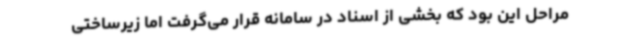
مراحل این بود که بخشی از اسناد در سامانه قرار می‌گرفت اما زیرساختی